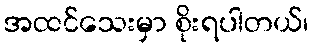
အထင်သေးမှာ စိုးရပါတယ်၊